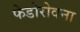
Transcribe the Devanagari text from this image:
फेडोरोवना